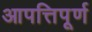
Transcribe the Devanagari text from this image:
आपत्तिपूर्ण